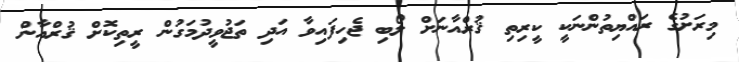
މިރަށުގެ ރައްޔިތުންނަކީ ކީރިތި ޤުރްއާނަށް ލޯބި ޖެހިފައިވާ އަދި ތަޖުވީދުމަގުން ރީތިކޮށް ޤުރްއާން